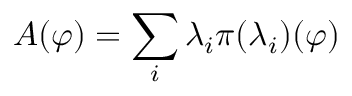
A ( \varphi ) = \sum _ { i } \lambda _ { i } \pi ( { \lambda _ { i } } ) ( \varphi )